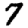
Digit: 7